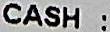
CASH :